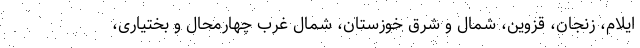
ایلام، زنجان، قزوین، شمال و شرق خوزستان، شمال غرب چهارمحال و بختیاری،